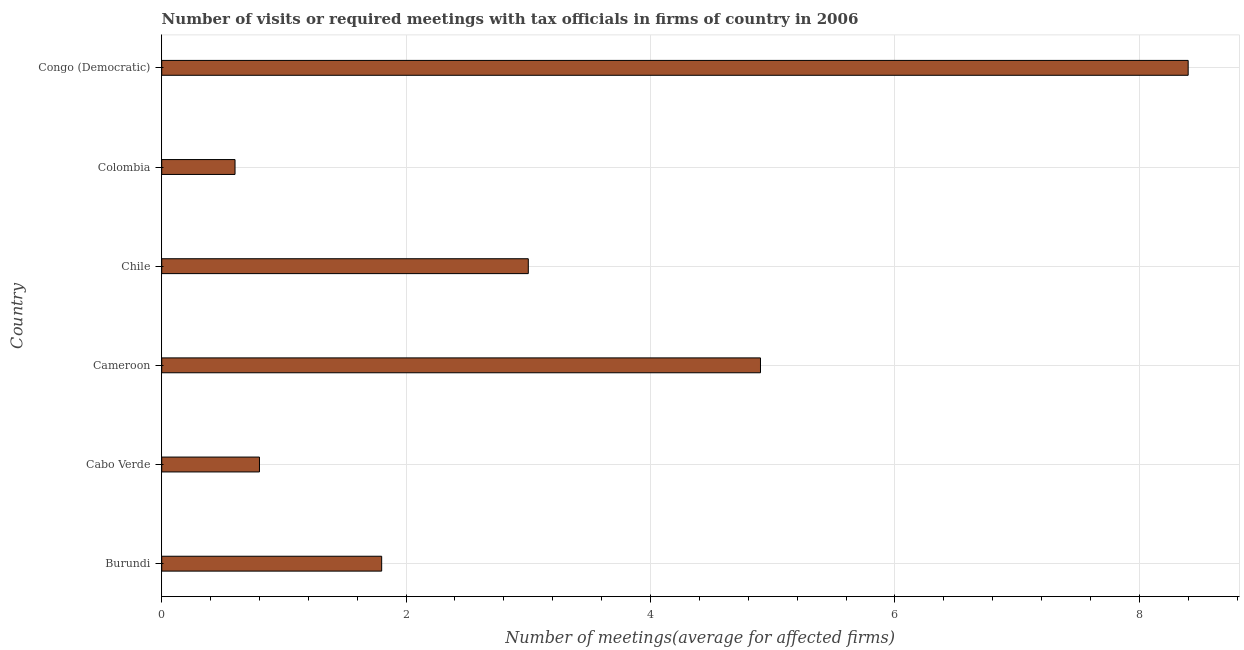
| Country | Meetings with tax officials |
 | --- | --- |
 | Burundi | 1.8 |
 | Cabo Verde | 0.8 |
 | Cameroon | 4.9 |
 | Chile | 3 |
 | Colombia | 0.6 |
 | Congo (Democratic) | 8.4 |